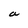
Character: a